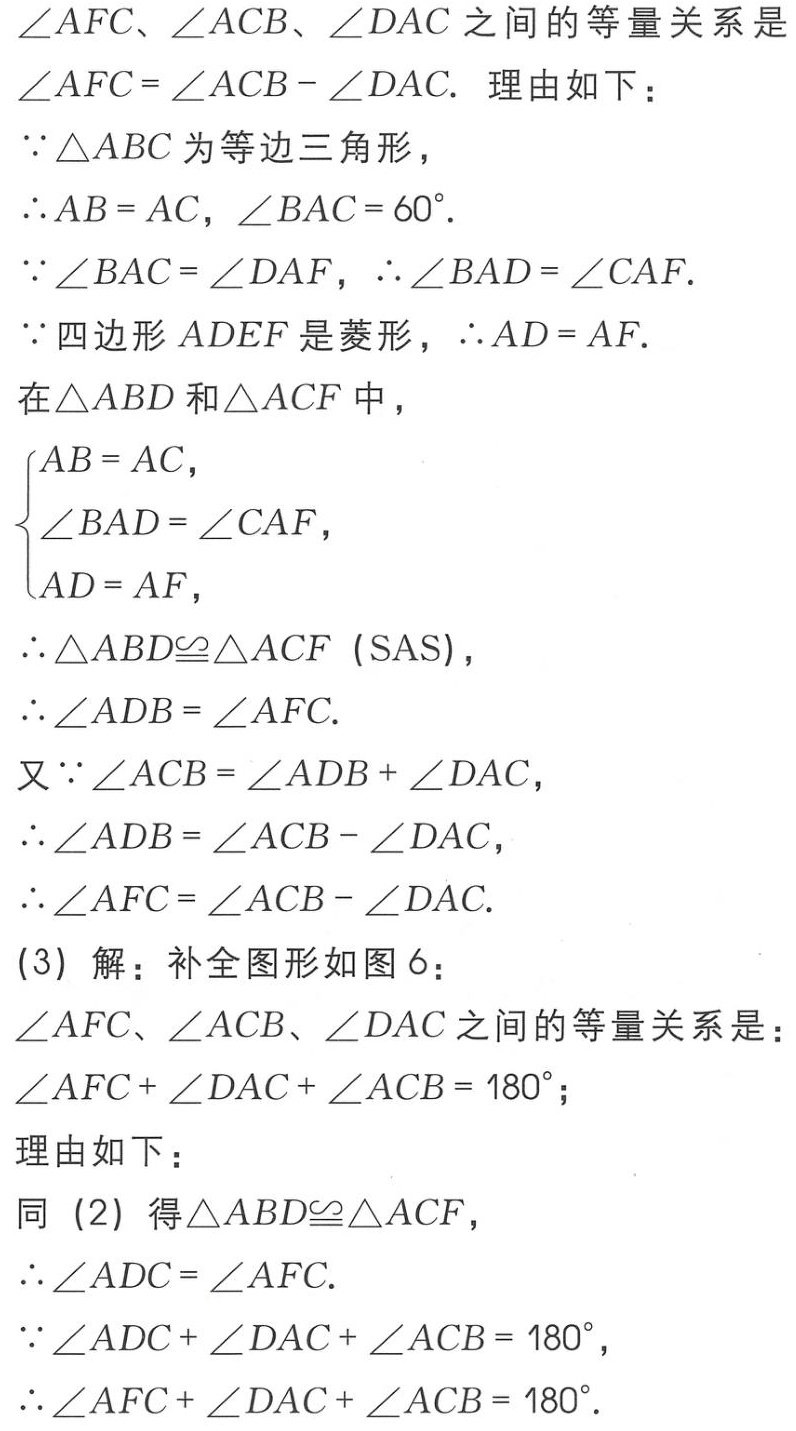
$\angle AFC、\angle ACB、\angle DAC$之间的等量关系是
$\angle AFC = \angle ACB - \angle DAC.$ 理由如下：
$\because \triangle ABC$为等边三角形，
$\therefore AB = AC, \angle BAC = 60^{\circ}.$
$\because \angle BAC = \angle DAF, \therefore \angle BAD = \angle CAF.$
$\because$四边形$ADEF$是菱形，$\therefore AD = AF.$
在$\triangle ABD$和$\triangle ACF$中，
$\begin{cases}
AB = AC,\\
\angle BAD = \angle CAF,\\
AD = AF,
\end{cases}$
$\therefore \triangle ABD\cong\triangle ACF \text{ (SAS)},$
$\therefore \angle ADB = \angle AFC.$
又$\because \angle ACB = \angle ADB + \angle DAC,$
$\therefore \angle ADB = \angle ACB - \angle DAC,$
$\therefore \angle AFC = \angle ACB - \angle DAC.$
(3) 解：补全图形如图6：
$\angle AFC、\angle ACB、\angle DAC$之间的等量关系是：
$\angle AFC + \angle DAC + \angle ACB = 180^{\circ};$
理由如下：
同 (2) 得$\triangle ABD\cong\triangle ACF,$
$\therefore \angle ADC = \angle AFC.$
$\because \angle ADC + \angle DAC + \angle ACB = 180^{\circ},$
$\therefore \angle AFC + \angle DAC + \angle ACB = 180^{\circ}.$